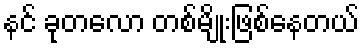
နင် ခုတလော တစ်မျိုးဖြစ်နေတယ်